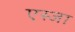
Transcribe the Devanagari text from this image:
एस्जा